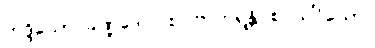
ဘဒ္ဒိယော ခဏ္ဍဒေပါ စ၊ ဗာဟုရန္တိ စ သင်္ဂိယော။